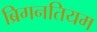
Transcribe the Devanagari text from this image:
ब्रिगनतियम